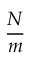
\frac { N } { m }